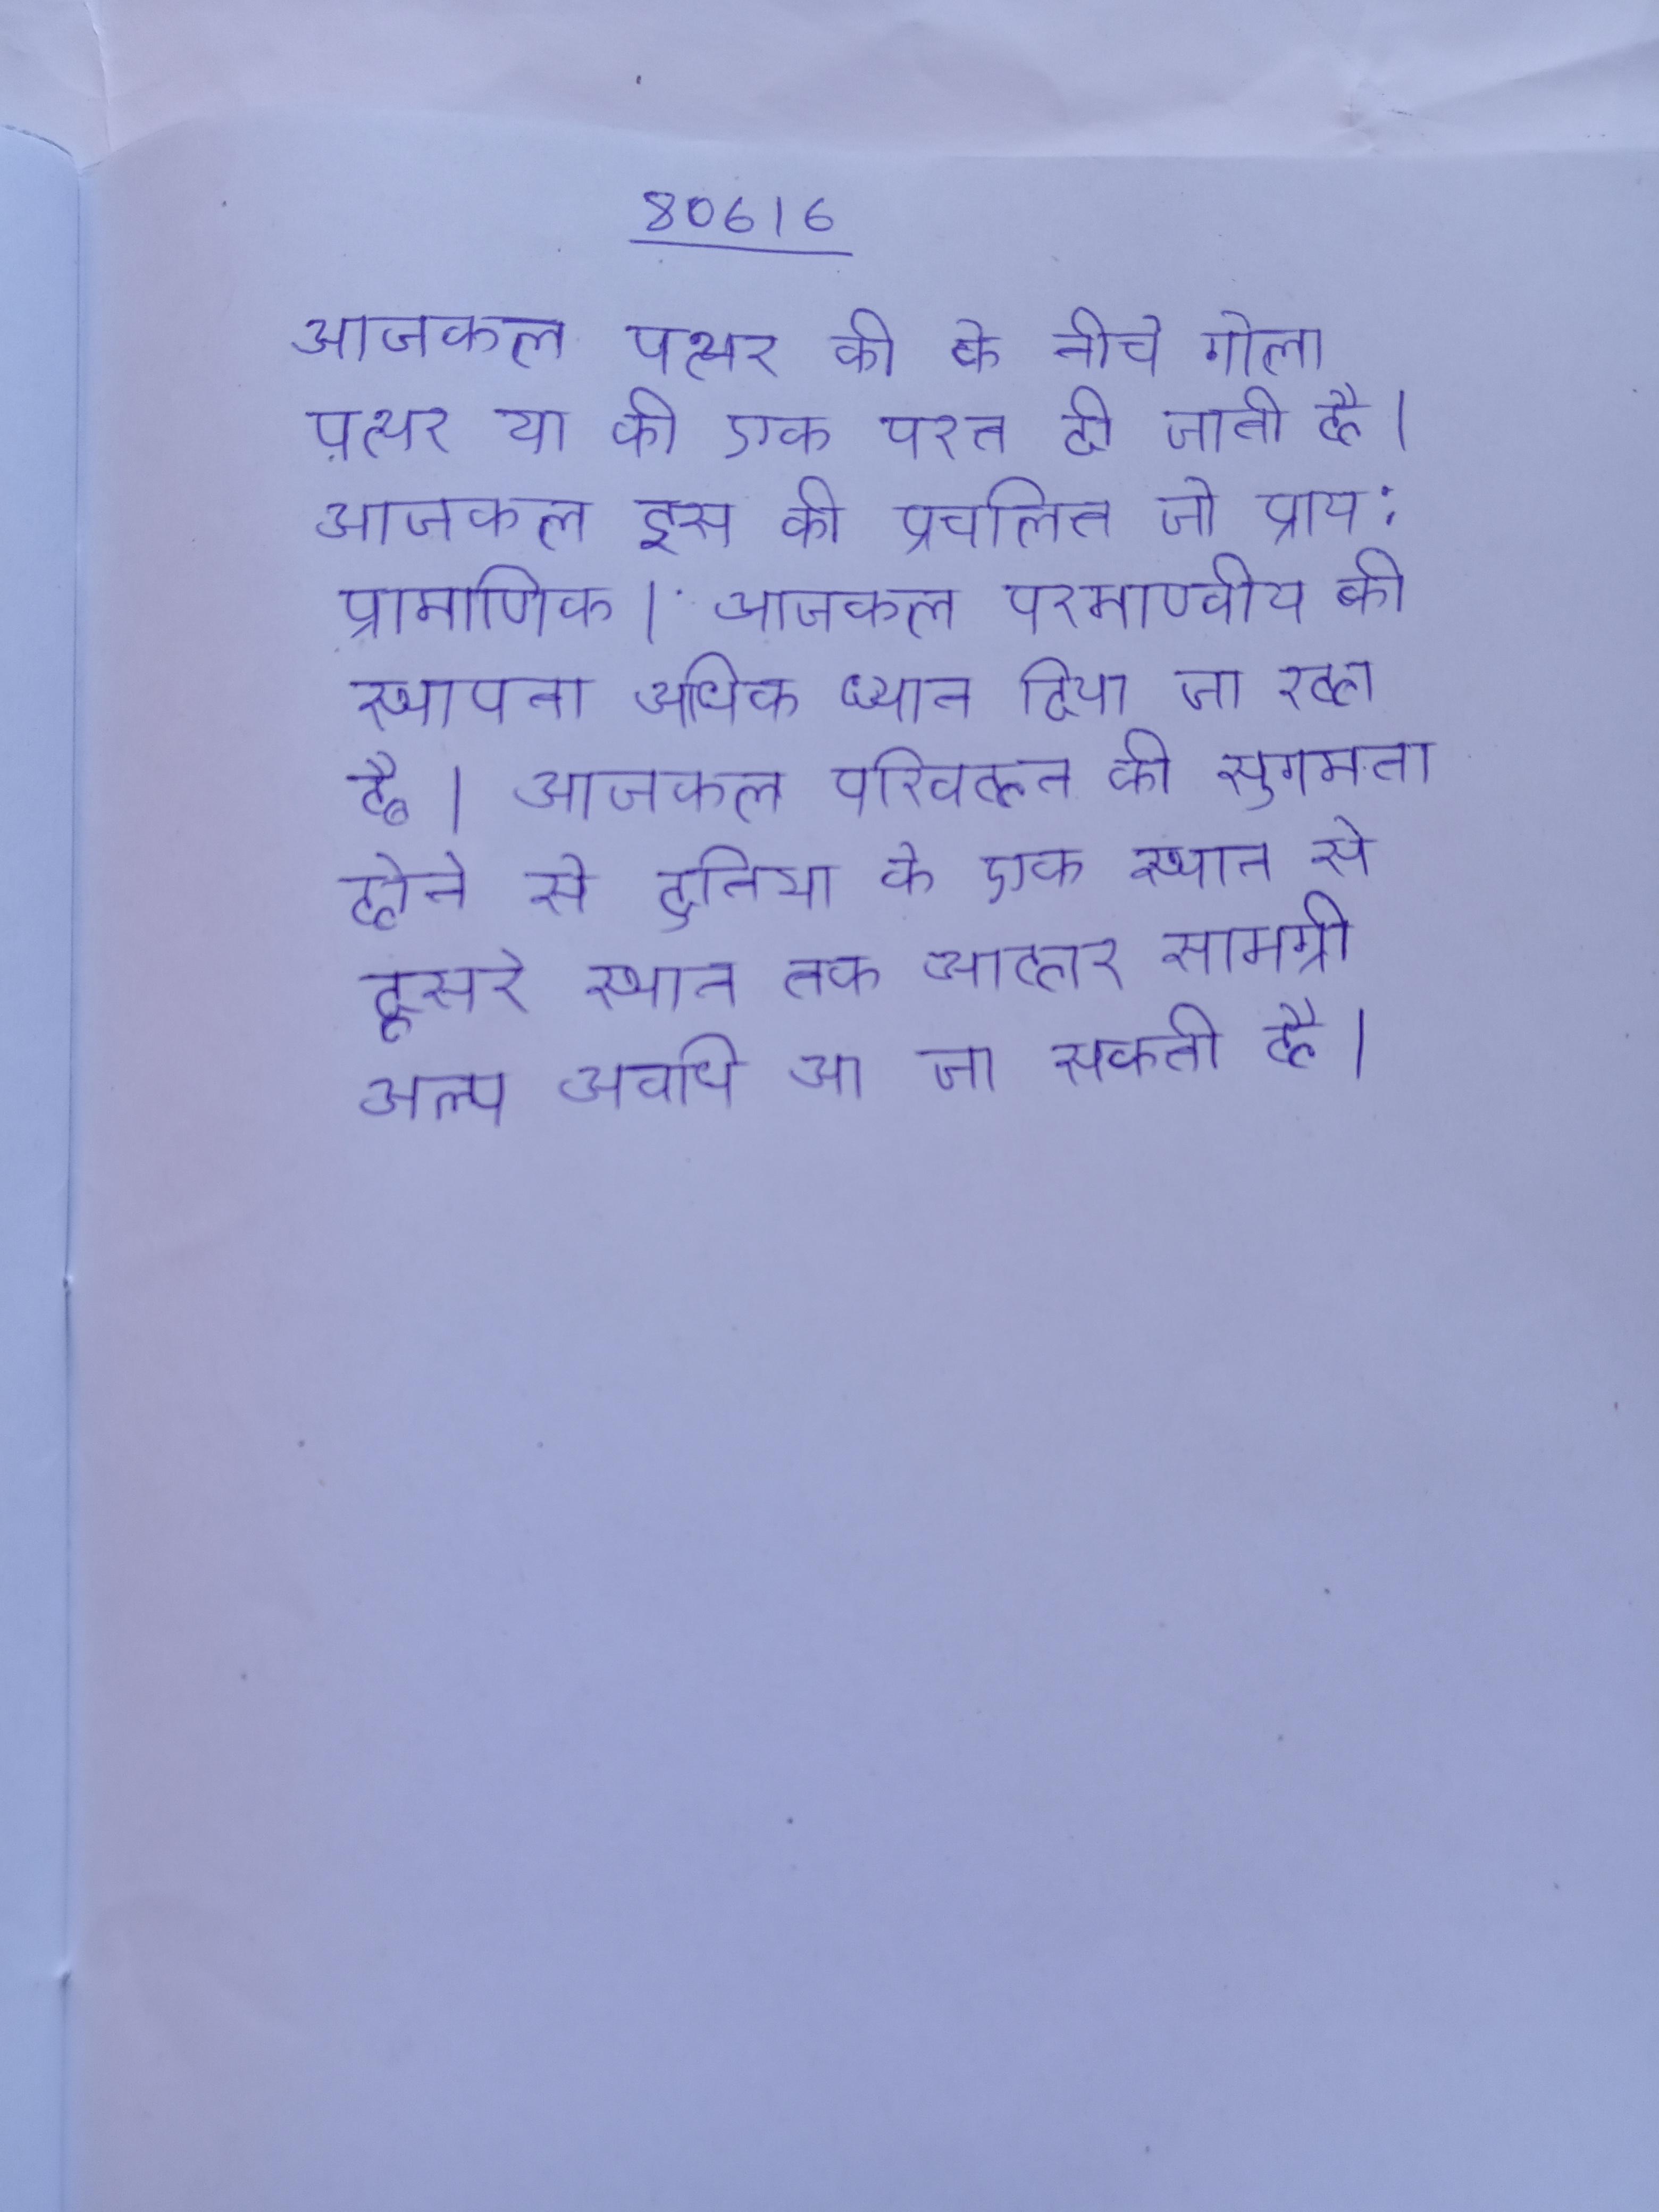
आजकल पत्थर की के नीचे गोला पत्थर या की एक परत दी जाती है । आजकल इस की प्रचलित जो प्राय: प्रामाणिक । आजकल परमाण्वीय की स्थापना अधिक ध्यान दिया जा रहा है । आजकल परिवहन की सुगमता होने से दुनिया के एक स्थान से दूसरे स्थान तक आहार सामग्री अल्प अवधि आ जा सकती है ।